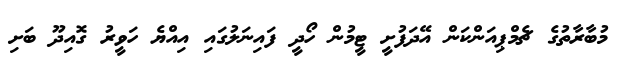
މުބާރާތުގެ ޗެމްޕިއަންކަން އޭދަފުށީ ޓީމުން ހޯދީ ފައިނަލުގައި އިއްޔެ ހަވީރު ގޮއިދޫ ބަށި